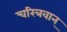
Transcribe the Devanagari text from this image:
चरित्रवान्‌